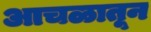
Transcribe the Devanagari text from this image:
आचळातून